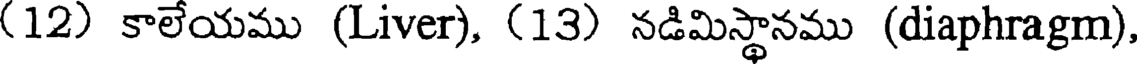
(12) కాలేయము (Liver), (13) నడిమిస్థానము (diaphragm),